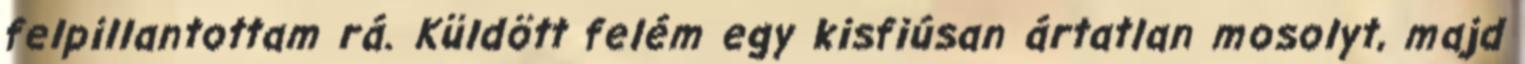
felpillantottam rá. Küldött felém egy kisfiúsan ártatlan mosolyt, majd